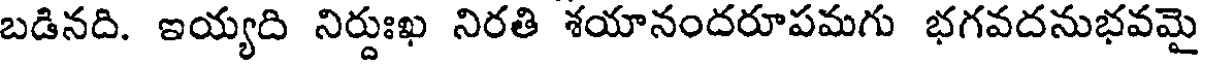
బడినది. ఇయ్యది నిర్దుఃఖ నిరతి శయానందరూపమగు భగవదనుభవమై